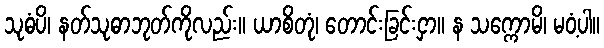
သုဓံပိ၊ နတ်သုဓာဘုတ်ကိုလည်း။ ယာစိတုံ၊ တောင်းခြင်းငှာ။ န သက္ကောမိ၊ မဝံ့ပါ။